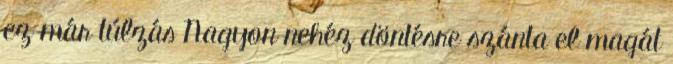
ez már túlzás Nagyon nehéz döntésre szánta el magát